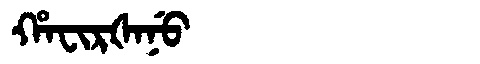
Manchu: ᡥᠠᠸᡳᡵᡧᠠᠨᡠ
Romanization: HAFIRŠANU